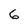
Character: 6